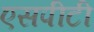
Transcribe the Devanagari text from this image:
एसपीटी